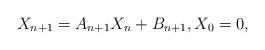
LaTeX: \begin{align*} X_{n+1} = A_{n + 1}X_n + B_{n+1}, X_0 = 0,\end{align*}